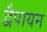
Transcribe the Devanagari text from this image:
द्वेैपायन